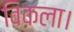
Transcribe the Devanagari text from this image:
विकला।